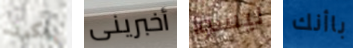
يتكون أخبرينى ليسوا باأنك